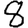
Digit: 8